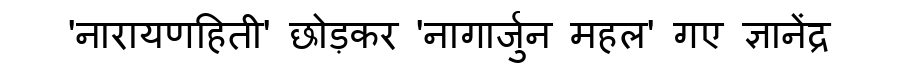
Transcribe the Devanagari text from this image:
'नारायणहिती' छोड़कर 'नागार्जुन महल' गए ज्ञानेंद्र